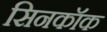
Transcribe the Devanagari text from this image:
सिनकॉक